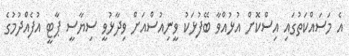
އެ މަސައްކަތުގައި އިސްކޮށް އުޅުއްވާ ބޭފުޅަކު ވީނިއުސްއަށް ވިދާޅުވީ ސިޔާސީ ޕާޓީ އުފެއްދުމުގެ